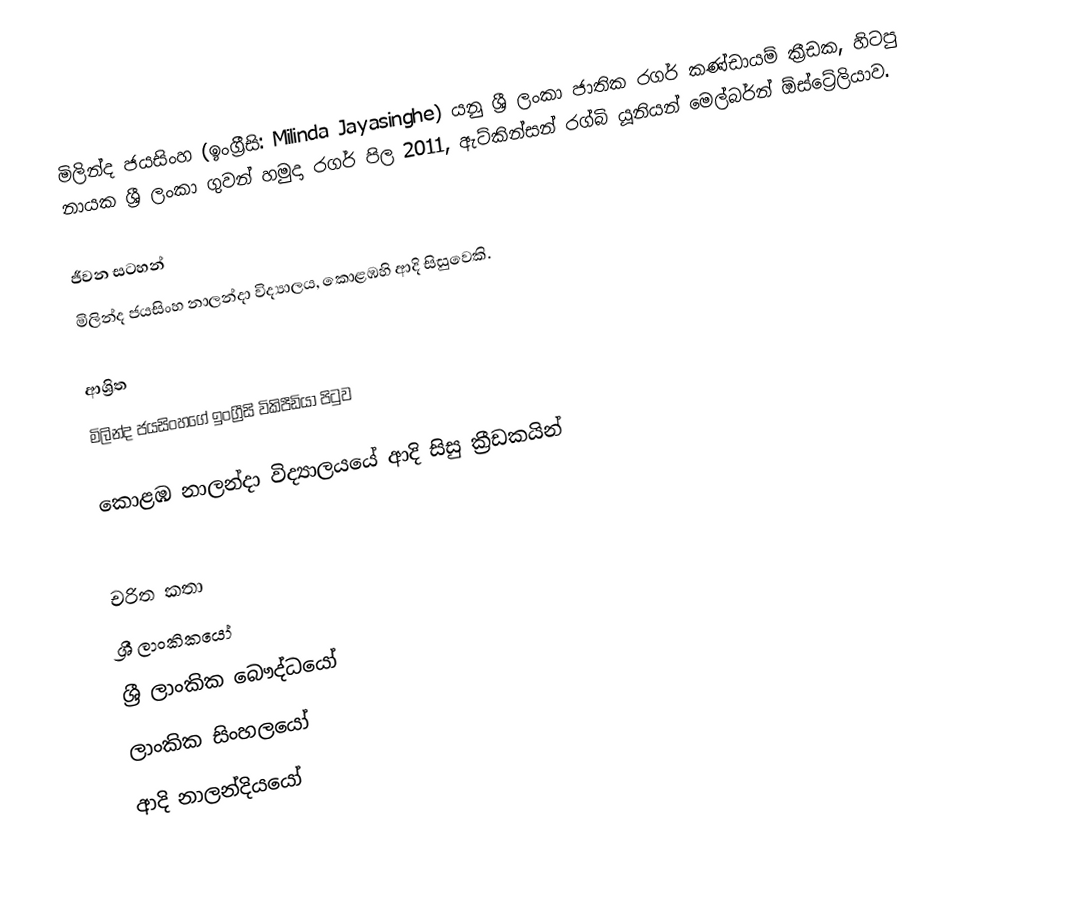
මිලින්ද ජයසිංහ (ඉංග්‍රීසි: Milinda Jayasinghe) යනු ශ්‍රී ලංකා ජාතික රගර් කණ්ඩායම් ක්‍රීඩක, හිටපු නායක ශ්‍රී ලංකා ගුවන් හමුදා රගර් පිල 2011, ඇට්කින්සන් රග්බි යූනියන් මෙල්බර්න් ඕස්ට්‍රේලියාව.

ජීවන සටහන්
මිලින්ද ජයසිංහ  නාලන්දා විද්‍යාලය, කොළඹහි ආදි සිසුවෙකි.

ආශ්‍රිත
 මිලින්ද ජයසිංහගේ ඉංග්‍රීසි විකිපීඩියා පිටුව

 කොළඹ නාලන්දා විද්‍යාලයයේ ආදි සිසු ක්‍රීඩකයින්

චරිත කතා
ශ්‍රී ලාංකිකයෝ
ශ්‍රී ලාංකික බෞද්ධයෝ
ලාංකික සිංහලයෝ
ආදි නාලන්දියයෝ